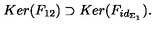
K e r ( F _ { 1 2 } ) \supset K e r ( F _ { i d _ { \Sigma _ { 1 } } } ) .